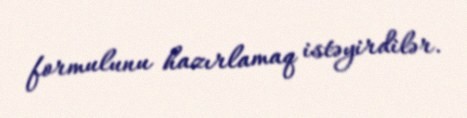
formulunu hazırlamaq istəyirdilər.